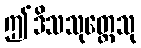
ဤဒိသသုတ္တေသု